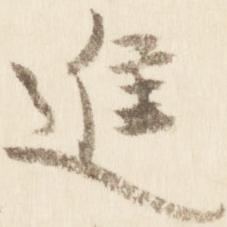
進